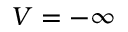
V = - \infty